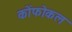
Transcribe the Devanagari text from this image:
कोंफोकल